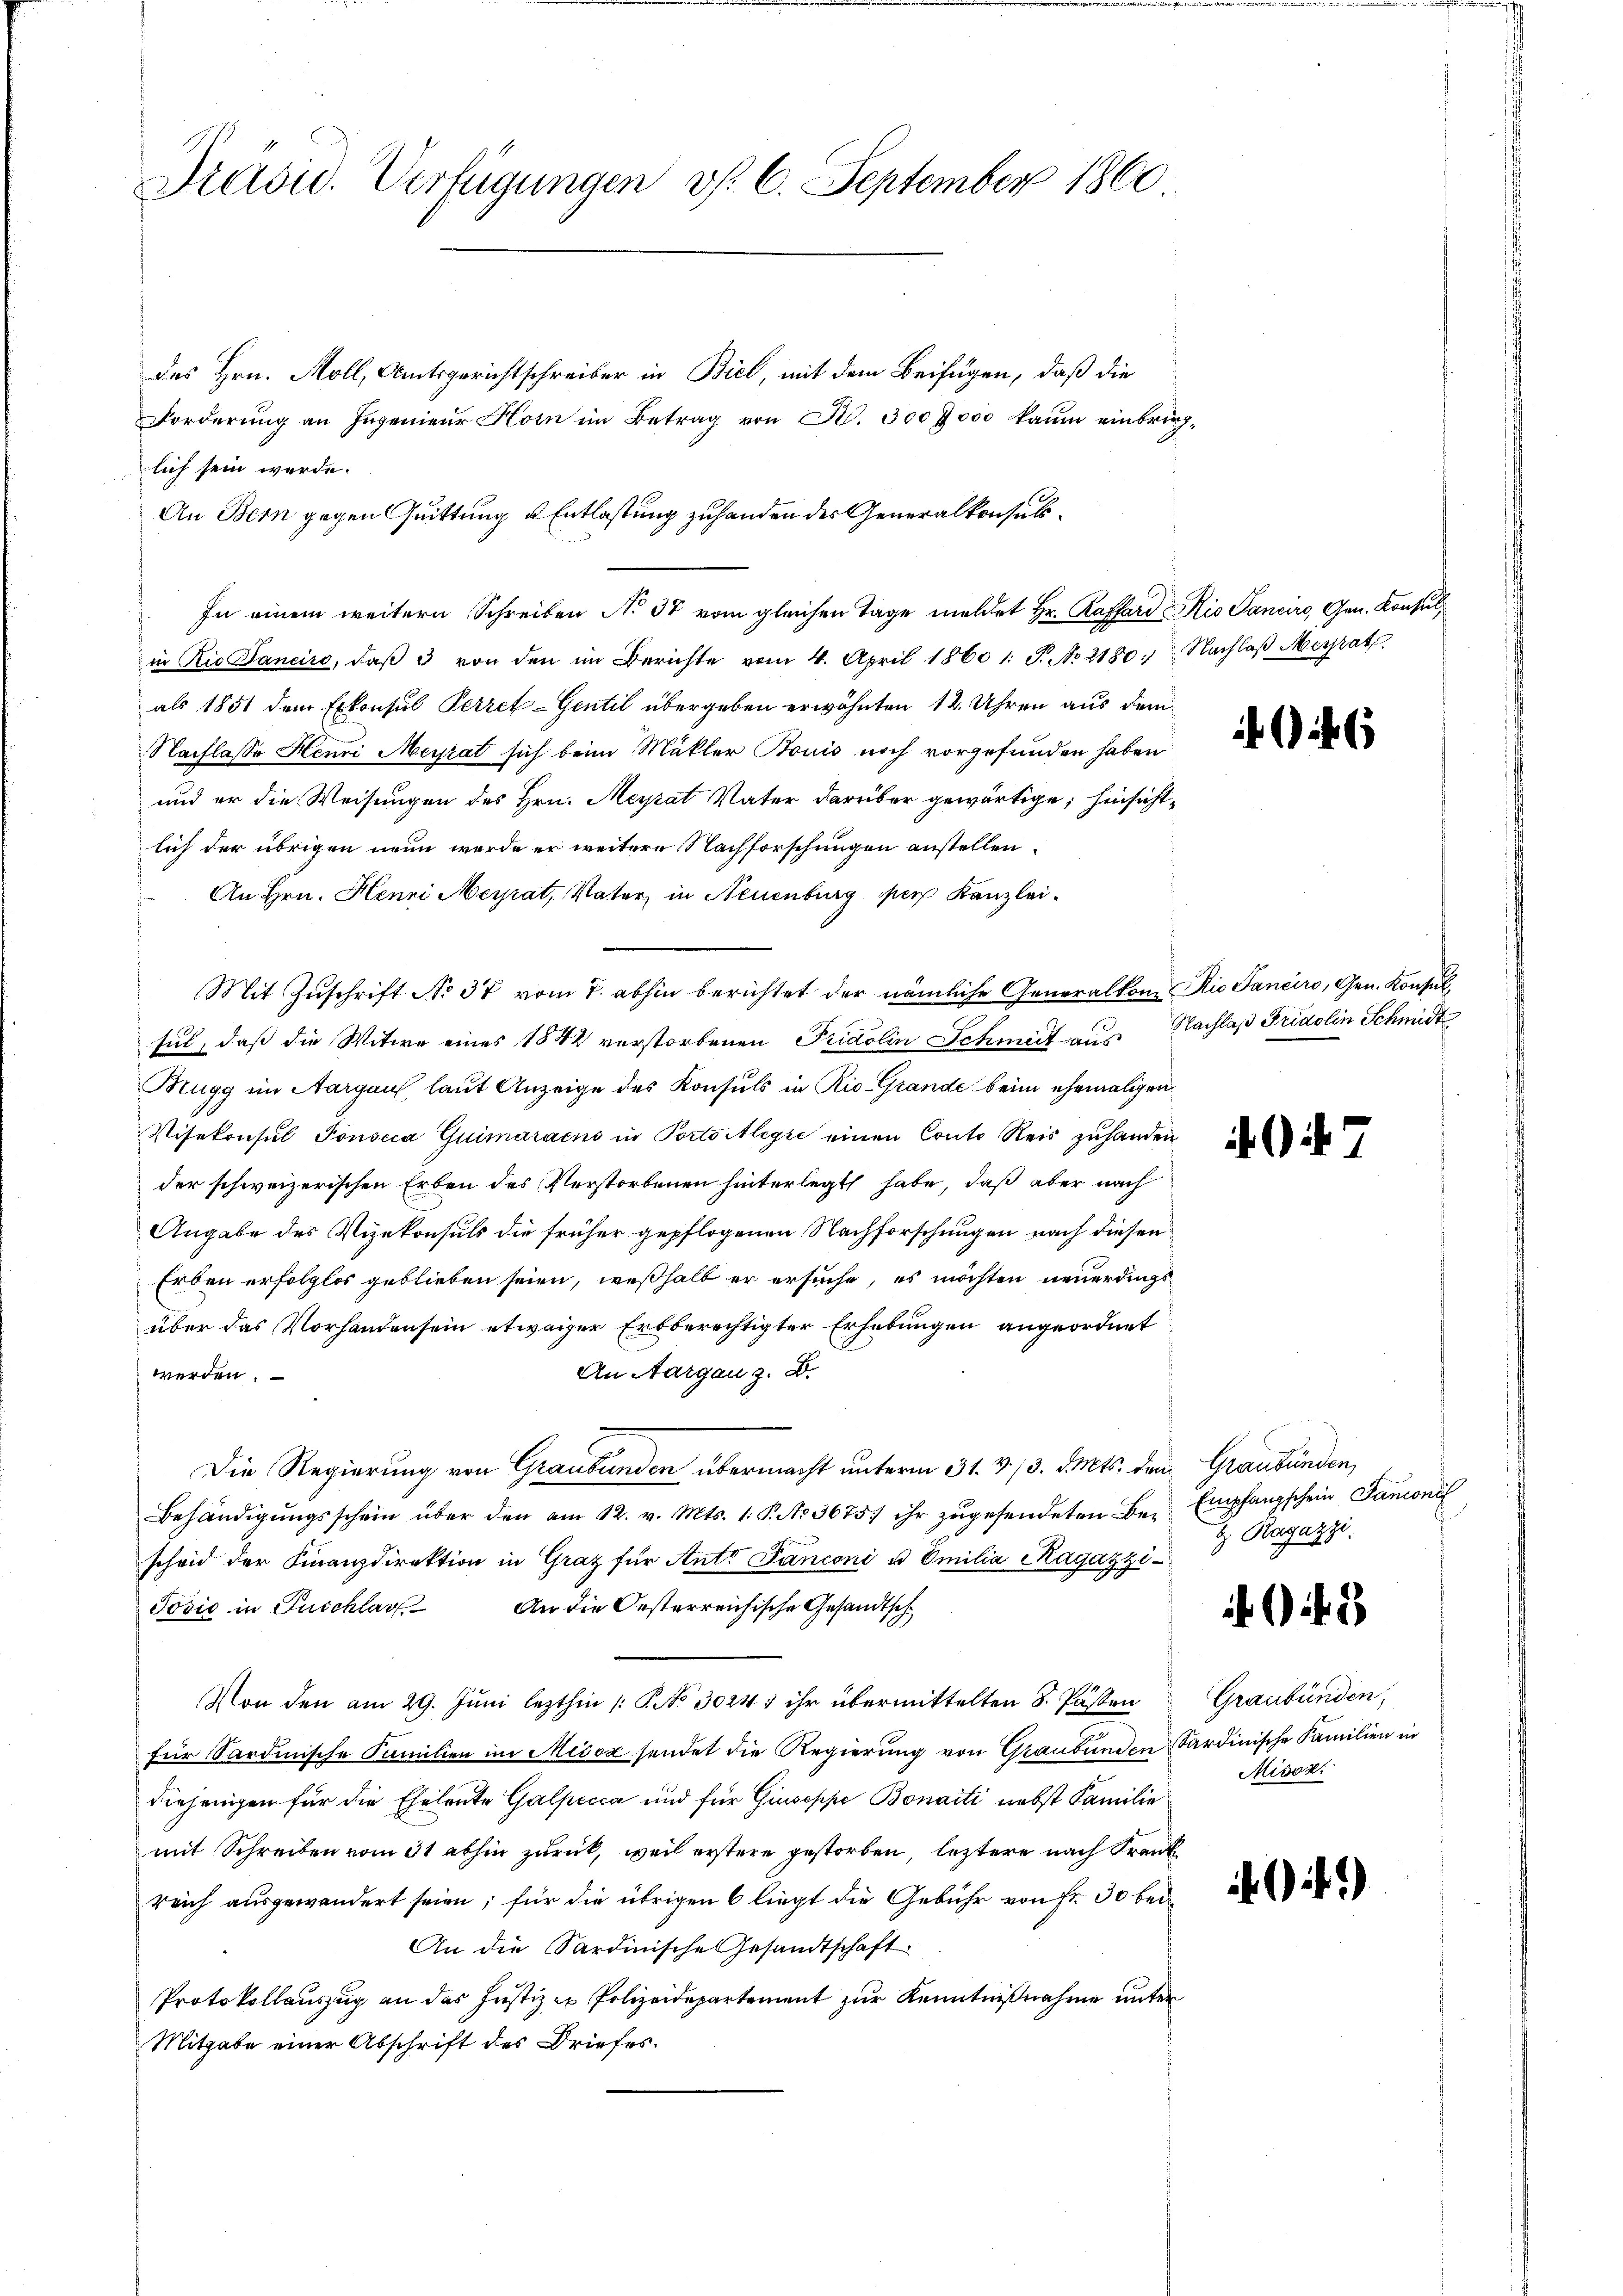
Präsid. Verfügungen v. 6. September 1860

des Hrn. Moll, Amtsgerichtschreiber in Biel, mit dem Beifügen, daß die
Forderung an Ingenieur Horn im Betrag von S. 300 7000 kaum einbringlich sein werde.
An Bern gegen Quittung & Entlastung zu handen der Generalkonsul¬
In einem weitern Schreiben No 37 vom gleichen Tage meldet Hr. Raffard io Sancirs, Gen. Konsulin Rio Sancire, daβ 3 von den im Berichte vom 4. April 1860 1: P. No 2180. Nachlaβ Meyrat
als 1851 dem Exkonsul Perret-Gentil übergeben erwähnten 12. Uhren aus dem
Nachlasse Henri Meyrat sich beim Mäkler Bouis noch vorgefunden haben
und er die Weisungen des Hrn. Meyrat Vater darüber gewärtige, hinsichtlich der übrigen neun werde er weitere Nachforschungen anstellen.
An Hrn. Henri Meyrat, Vater in Neuenburg per Kanzlei-
Mit Zuschrift No 37 vom 7. abhin berichtet der nämliche Generalkone. Die Tancirs, Gen. Konsulful, daß die Witwe eines 1842 verstorbenen Fridolin Schmit aus
Mugg im Aargaus, laut Anzeige des Konsuls in Rio Grande beim ehemaligen
Visekonsul Tonscia Quimaraens in Portoilegii einen Conto Reis zuhanden
der schweizerischen Erben des Verstorbenen hinterlegt habe, daß aber nach
Angabe des Vizekonsuls die früher gepflogenen Nachforschungen nach diesen
Erben erfolglos geblieben seien, weßhalb er ersuche, es möchten neuerdingsüber das Vorhandensein etwaiger Erbberechtigter Erhebungen angeordnet
An Aargau z. B.
werden.
Die Regierung von Graubünden übermacht unterm 31. v. 13. d. Mts. dem Graubünden,
Behändigŭngsschein über den am 12. v. Mts. 1. P. No 3675. ihr zŭgesendeten Be- Empfangschein Panoni
scheid der Finanzdirektion in Graz für Ant. Panconi u. Emilia Ragazzi¬
Jošić in Zuschlag. An die Oesterreichische Gesandtsch
Von den am 29. Juni lezthin 1 S. No. 30247 ihr übermittelten S. Pasten
für Sardinische Familien im Misox sendet die Regierung von Graubünden Sardinische Familien in
diejenigen für die Eheleute Galpecca und für Giuseppe Bonaiti nebst Familie
mit Schreiben vom 31 abhin zurück, weil erstere gestorben, leztere nach Frank
reich ausgewandert seien; für die übrigen 6 liegt die Gebühr von Fr. 30 bei¬
An die Sardinische Gesandtschaft
Protokollauszug an das Justizen Polizeidepartement zur Kenntnißnahme unter
Mitgabe einer Abschrift des Briefes.

Nachlaß Fridolin Schmidt

Ragazzi.

4. 5

Graubünden,
Mison.

.91)